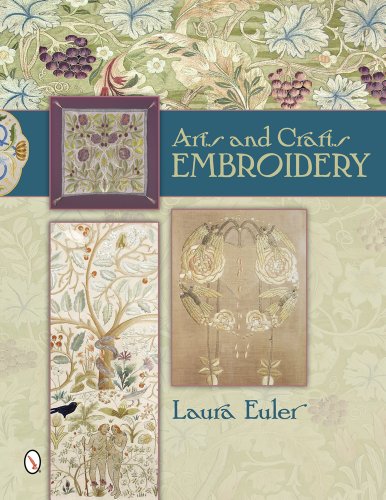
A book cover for Arts and Crafts Embroidery; Laura Euler; Crafts, Hobbies & Home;